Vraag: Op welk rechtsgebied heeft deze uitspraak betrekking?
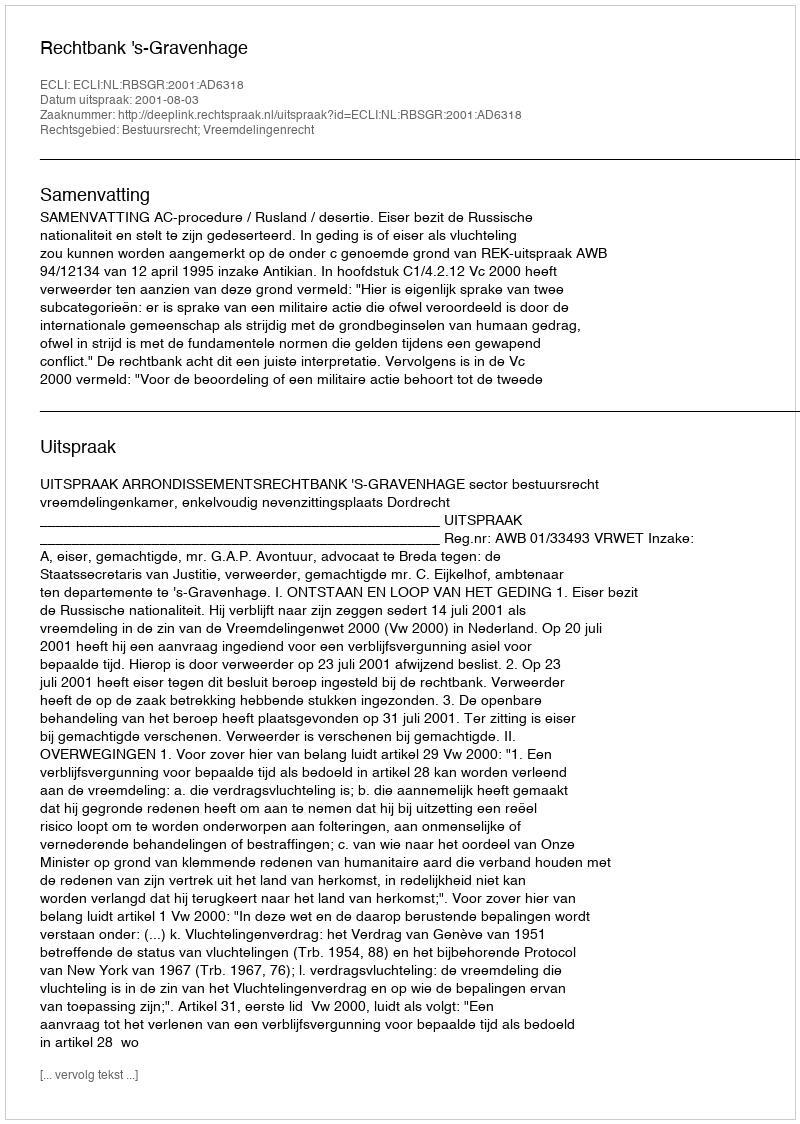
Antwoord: Bestuursrecht; Vreemdelingenrecht